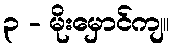
၃ - မိုးမှောင်ကျ။